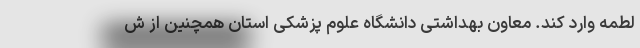
لطمه وارد کند. معاون بهداشتی دانشگاه علوم پزشکی استان همچنین از ش